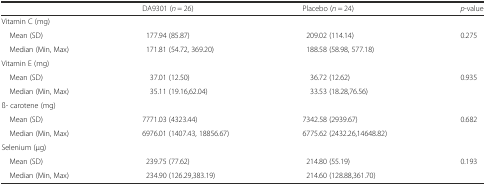
|  | DA9301 (n = 26) | Placebo (n = 24) | p-value |
 | --- | --- | --- | --- |
 | <COLSPAN=4> Vitamin C (mg) |
 | Mean (SD) | 177.94 (85.87) | 209.02 (114.14) | <ROWSPAN=2> 0.275 |
 | Median (Min, Max) | 171.81 (54.72, 369.20) | 188.58 (58.98, 577.18) |
 | <COLSPAN=4> Vitamin E (mg) |
 | Mean (SD) | 37.01 (12.50) | 36.72 (12.62) | <ROWSPAN=2> 0.935 |
 | Median (Min, Max) | 35.11 (19.16,62.04) | 33.53 (18.28,76.56) |
 | <COLSPAN=4> ß- carotene (mg) |
 | Mean (SD) | 7771.03 (4323.44) | 7342.58 (2939.67) | <ROWSPAN=2> 0.682 |
 | Median (Min, Max) | 6976.01 (1407.43, 18856.67) | 6775.62 (2432.26,14648.82) |
 | <COLSPAN=4> Selenium (μg) |
 | Mean (SD) | 239.75 (77.62) | 214.80 (55.19) | <ROWSPAN=2> 0.193 |
 | Median (Min, Max) | 234.90 (126.29,383.19) | 214.60 (128.88,361.70) |